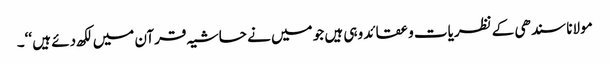
مولانا سندھی کے نظریات و عقائد وہی ہیں جو میں نے حاشیہ قرآن میں لکھ دئے ہیں ‘‘۔